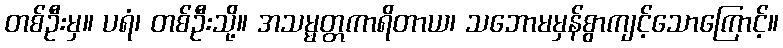
တစ်ဦးမှ။ ပရံ၊ တစ်ဦးသို့။ အသမ္မတ္တကာရိတာယ၊ သဘောမမှန်စွာကျင့်သောကြောင့်။